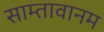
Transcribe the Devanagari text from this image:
साम्तावानम